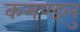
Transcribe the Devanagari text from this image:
कमण्ड्लु